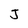
Character: J